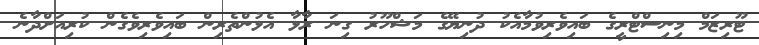
ޓޫރިޒަމް މިނިސްޓްރީގެ ބައިވެރިވުމާއެކު ދުނިޔޭގެ މަޝްހޫރު ގިނަ ރާޅާ އެޅުންތެރިން ބައިވެރިވެގެން ކުރިއަށްދާނެ